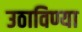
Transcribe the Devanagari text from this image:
उठाविण्या